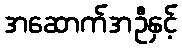
အဆောက်အဦနှင့်